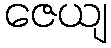
ဇေယျ